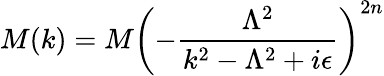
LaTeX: M(k)=M\left(-\frac{\Lambda^{2}}{k^{2}-\Lambda^{2}+i\epsilon}\right)^{2n}